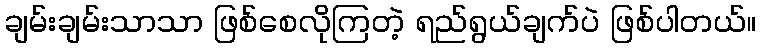
ချမ်းချမ်းသာသာ ဖြစ်စေလိုကြတဲ့ ရည်ရွယ်ချက်ပဲ ဖြစ်ပါတယ်။